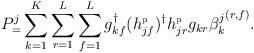
LaTeX: \begin{align*}P^{j}_=\sum_{k=1}^{K}\sum_{r=1}^{L}\sum_{f=1}^{L}g_{kf}^{\dagger}(h_{jf}^{\mbox{\tiny{p}}})^{\dagger}h_{jr}^{\mbox{\tiny{p}}}g_{kr}{\beta_k^{j}}^{(r,f)}.\end{align*}